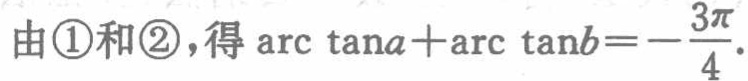
由\textcircled{1}和\textcircled{2}，得\(\arctan a+\arctan b = -\frac{3\pi}{4}\)